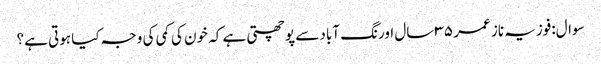
سوال:فوزیہ ناز عمر ۳۵ سال اورنگ آباد سے پوچھتی ہے کہ خون کی کمی کی وجہ کیا ہوتی ہے؟